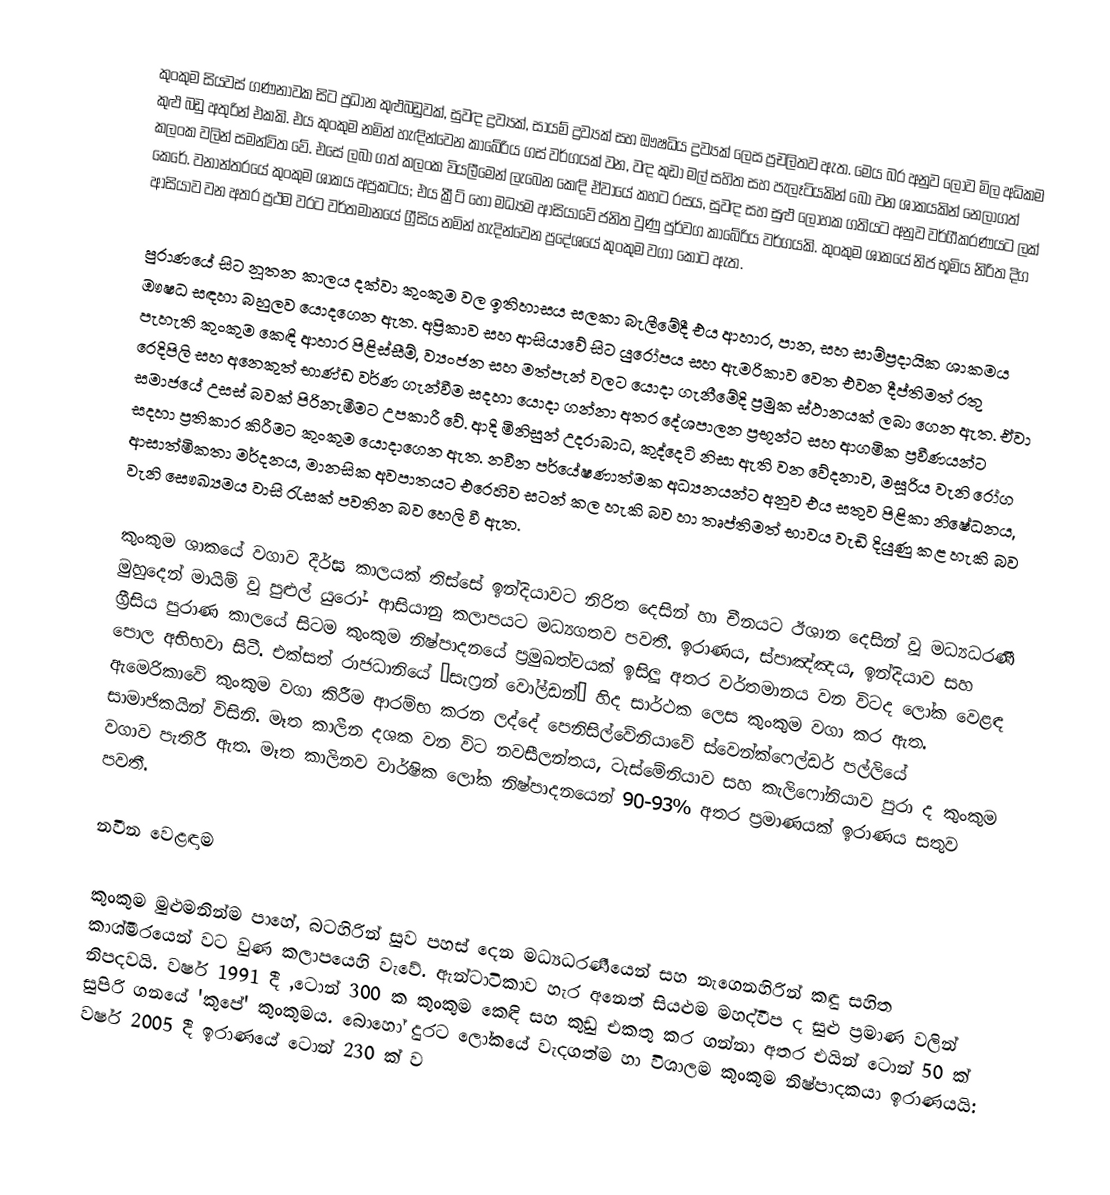
කුංකුම සියවස් ගණනාවක සිට ප්‍රධාන කුළුබඩුවක්, සුවඳ ද්‍රව්‍යක්, සායම් ද්‍රව්‍යක් සහ  ඖෂධිය ද්‍රව්‍යක් ලෙස ප්‍රචලිතව ඇත. මෙය බර අනුව ලොව මිල අධිකම කුළු බඩු අතුරින් එකකි. එය  කුංකුම නමින් හැඳින්වෙන කාබේරිය ගස් වර්ගයක් වන, වඳ කුඩා මල් සහිත සහ පැලෑටියකින් බෝ වන ශාකයකින් නෙලාගත් කලංක වලින් සමන්විත වේ. එසේ ලබා ගත් කලංක වියලීමෙන් ලැබෙන කෙඳි ඒවායේ කහට රසය, සුවඳ සහ සුළු ලෝහක ගතියට අනුව වර්ගීකරණයට ලක් කෙරේ. වනාන්තරයේ කුංකුම ශාකය අප්‍රකටය; එය ක්‍රීට් හෝ මධ්‍යම ආසියාවේ ජනිත වුණු පුර්වග කාබේරිය වර්ගයකි. කුංකුම ශාකයේ නිජ භූමිය නිරිත දිග ආසියාව වන අතර ප්‍රථම වරට වර්තමානයේ ග්‍රීසිය නමින් හැදින්වෙන ප්‍රදේශයේ කුංකුම වගා කොට ඇත.

පුරාණයේ සිට නූතන කාලය දක්වා කුංකුම වල ඉතිහාසය සලකා බැලීමේදී එය ආහාර, පාන, සහ සාම්ප්‍රදායික ශාකමය ඖෂධ සඳහා බහුලව යොදගෙන ඇත. අප්‍රිකාව සහ ආසියාවේ සිට යුරෝපය සහ ඇමරිකාව වෙත එවන දීප්තිමත් රතු පැහැති කුංකුම කෙඳි ආහාර පිළිස්සීම්, ව්‍යංජන සහ මත්පැන් වලට යොදා ගැනීමේදි ප්‍රමුක ස්ථානයක් ලබා ගෙන ඇත. ඒවා රෙදිපිලි  සහ අනෙකුත් භාණ්ඩ වර්ණ ගැන්වීම සදහා යොදා ගන්නා අතර දේශපාලන ප්‍රභූන්ට සහ ආගමික ප්‍රවීණයන්ට සමාජයේ උසස් බවක් පිරිනැමීමට උපකාරී වේ. ආදි මිනිසුන් උදරාබාධ, කුද්දෙටි නිසා ඇති වන වේදනාව, මසූරිය වැනි රෝග සදහා ප්‍රතිකාර කිරීමට කුංකුම යොදාගෙන ඇත. නවීන පර්යේෂණාත්මක අධ්‍යනයන්ට අනුව එය සතුව පිළිකා නිෂේධනය, ආසාත්මිකතා මර්දනය, මානසික අවපාතයට එරෙහිව සටන් කල හැකි බව හා තෘප්තිමත් භාවය වැඩි දියුණු කළ හැකි බව වැනි සෞඛ්‍යමය වාසි ‍රැසක් පවතින බව  හෙලි වී ඇත.

කුංකුම ශාකයේ වගාව දීර්ඝ කාලයක් තිස්සේ ඉන්දියාවට  නිරිත දෙසින් හා චීනයට ඊශාන දෙසින් වූ මධ්‍යධරණී මුහුදෙන් මායිම් වූ පුළුල් යුරෝ- ආසියානු කලාපයට මධ්‍යගතව පවතී. ඉරාණය, ස්පාඤ්ඤය, ඉන්දියාව සහ ග්‍රීසිය පුරාණ කාලයේ සිටම කුංකුම නිෂ්පාදනයේ ප්‍රමුඛත්වයක් ඉසිලූ අතර වර්තමානය වන විටද ලෝක වෙළඳ පොල අභිභවා සිටී. එක්සත් රාජධානියේ “සැෆ්‍රන් වෝල්ඩන්” හිද සාර්ථක ලෙස කුංකුම වගා කර ඇත. ඇමෙරිකාවේ කුංකුම වගා කිරීම ආරම්භ කරන ලද්දේ පෙනිසිල්වේනියාවේ ස්වෙන්ක්ෆෙල්ඩර් පල්ලියේ සාමාජිකයින් විසිනි. මෑත කාලීන දශක වන විට නවසීලන්තය, ටැස්මේනියාව සහ කැලිෆෝනියාව පුරා ද කුංකුම වගාව පැතිරී ඇත. මෑත කාලිනව වාර්ෂික ලෝක නිෂ්පාදනයෙන් 90-93%  අතර ප්‍රමාණයක් ඉරාණය සතුව පවතී.

නවීන වෙළඳාම

කුංකුම මුළුමනින්ම පාහේ, බටහිරින් සුව පහස් දෙන මධ්‍යධරණීයෙන් සහ නැගෙනහිරින් කඳු සහිත කාශ්මීරයෙන් වට වුණ කලාපයෙහි වැවේ. ඇන්ටාටිකාව හැර අනෙත් සියළුම මහද්වීප ද සුළු ප්‍රමාණ වලින් නිපදවයි. වර්ෂ 1991 දී ,ටොන් 300 ක කුංකුම කෙඳි සහ කුඩු එකතු කර ගන්නා අතර එයින් ටොන් 50 ක් සුපිරි ගනයේ 'කුපේ' කුංකුමය. බොහෝ දුරට ලෝකයේ වැදගත්ම හා විශාලම කුංකුම නිෂ්පාදකයා ඉරාණයයි: වර්ෂ 2005 දී ඉරාණයේ ටොන් 230 ක් ව